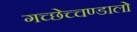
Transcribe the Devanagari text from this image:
गच्छेच्चण्डालो